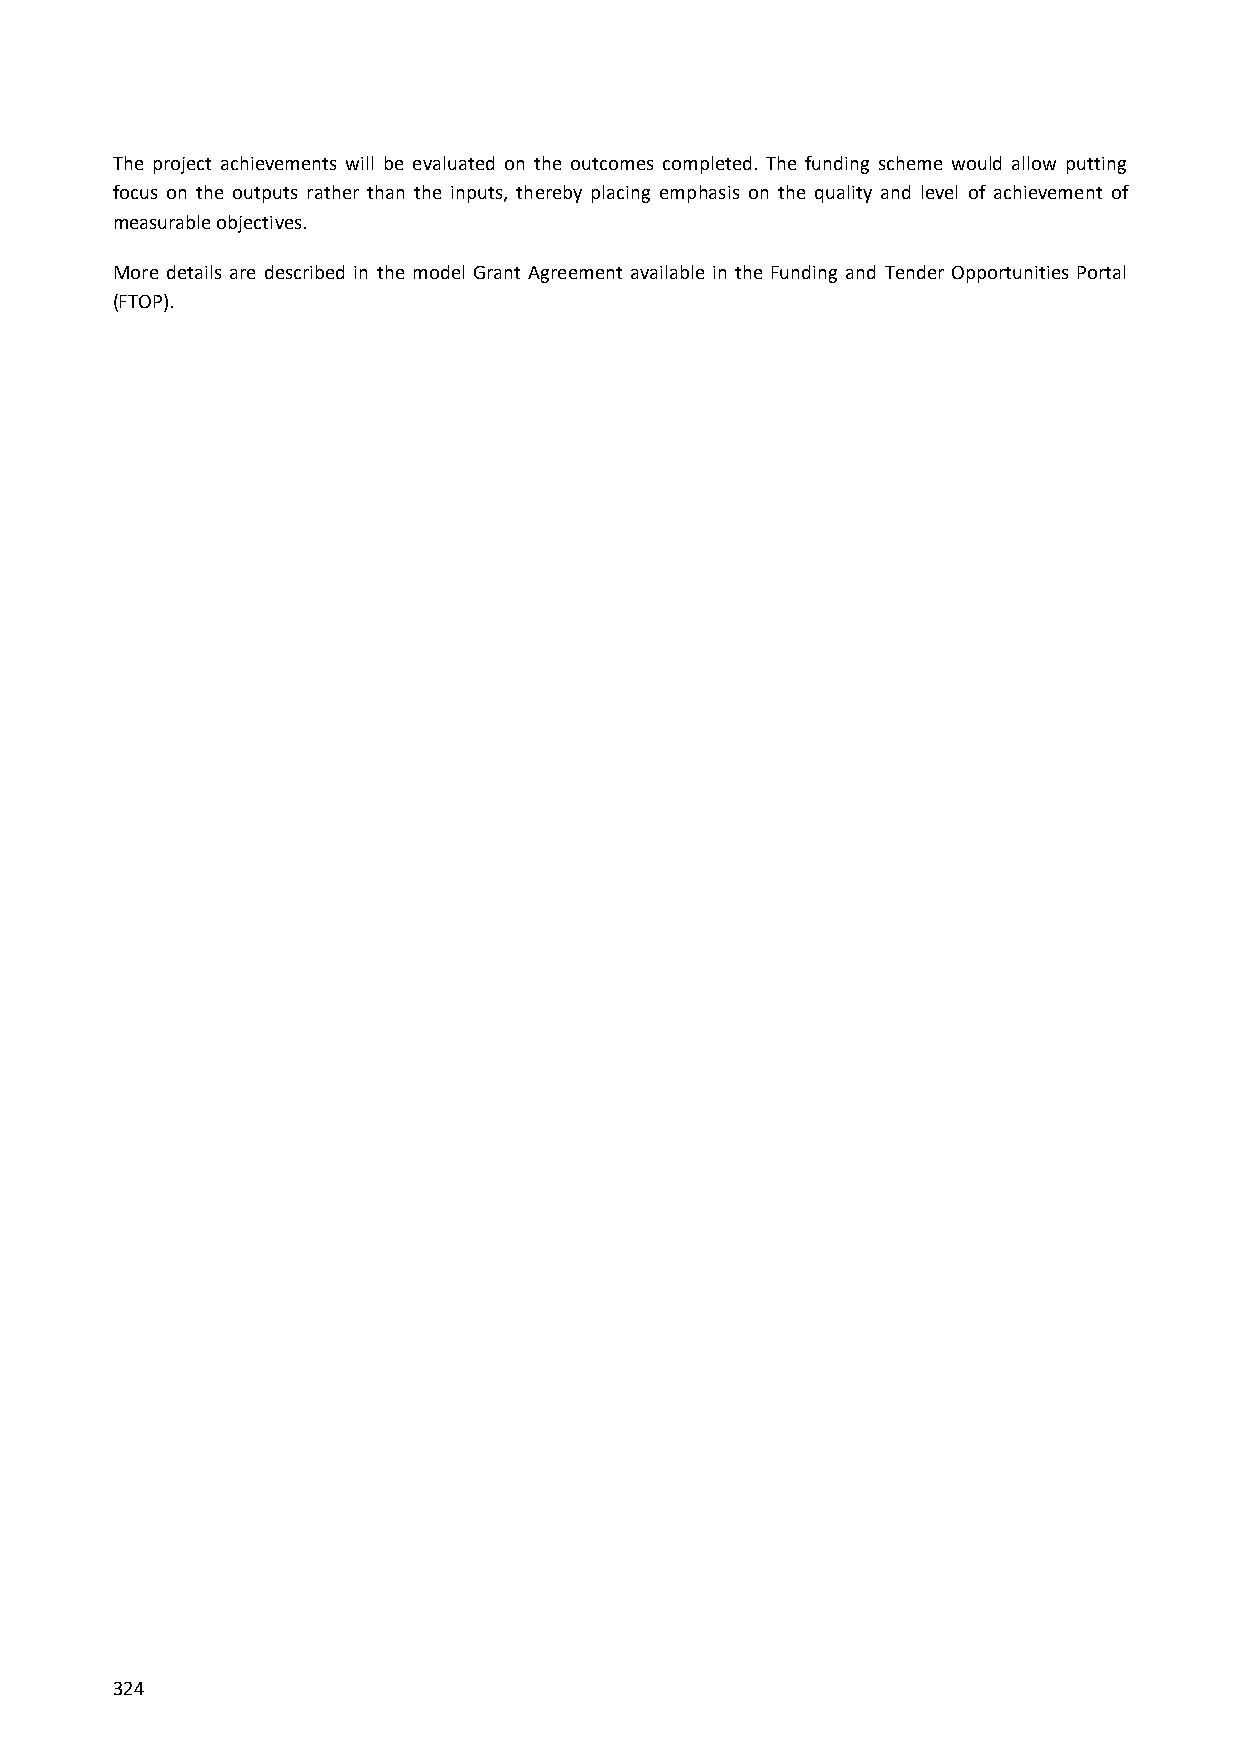
The project achievements will be evaluated on the outcomes completed. The funding scheme would allow putting
 focus on the outputs rather than the inputs, thereby placing emphasis on the quality and level of achievement of
 measurable objectives.
 More details are described in the model Grant Agreement available in the Funding and Tender Opportunities Portal
 (FTOP).
 324